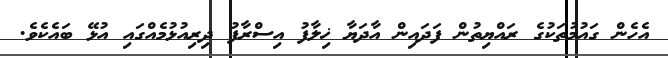
އެހެން ގައުމުތަކުގެ ރައްޔިތުން ފަދައިން އާދަޔާ ޚިލާފު އިސްރާފު ދިރިއުޅުމެއްގައި އުޅޭ ބައެކެވެ.